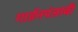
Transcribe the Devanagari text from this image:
गार्डनपंजाबी